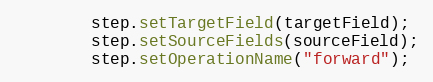
Language: Java
        step.setTargetField(targetField);
        step.setSourceFields(sourceField);
        step.setOperationName("forward");